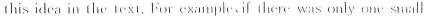
this idea in tho texi.Forcxampl ifther was only on snall